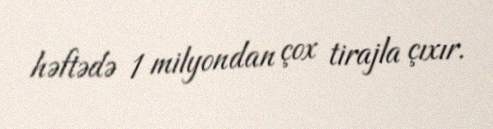
həftədə 1 milyondan çox tirajla çıxır.